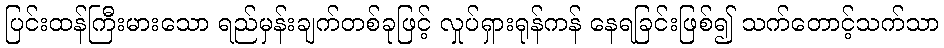
ပြင်းထန်ကြီးမားသော ရည်မှန်းချက်တစ်ခုဖြင့် လှုပ်ရှားရုန်ကန် နေရခြင်းဖြစ်၍ သက်တောင့်သက်သာ